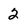
Character: 2